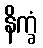
နိက္ခံ